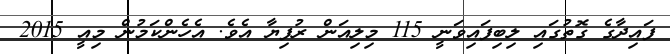
ފައިދާގެ ގޮތުގައި ލިބިފައިވަނީ 115 މިލިއަން ރުފިޔާ އެވެ. އެހެންކަމުން މިއީ 2015